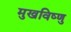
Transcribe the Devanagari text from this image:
मुखविष्णु